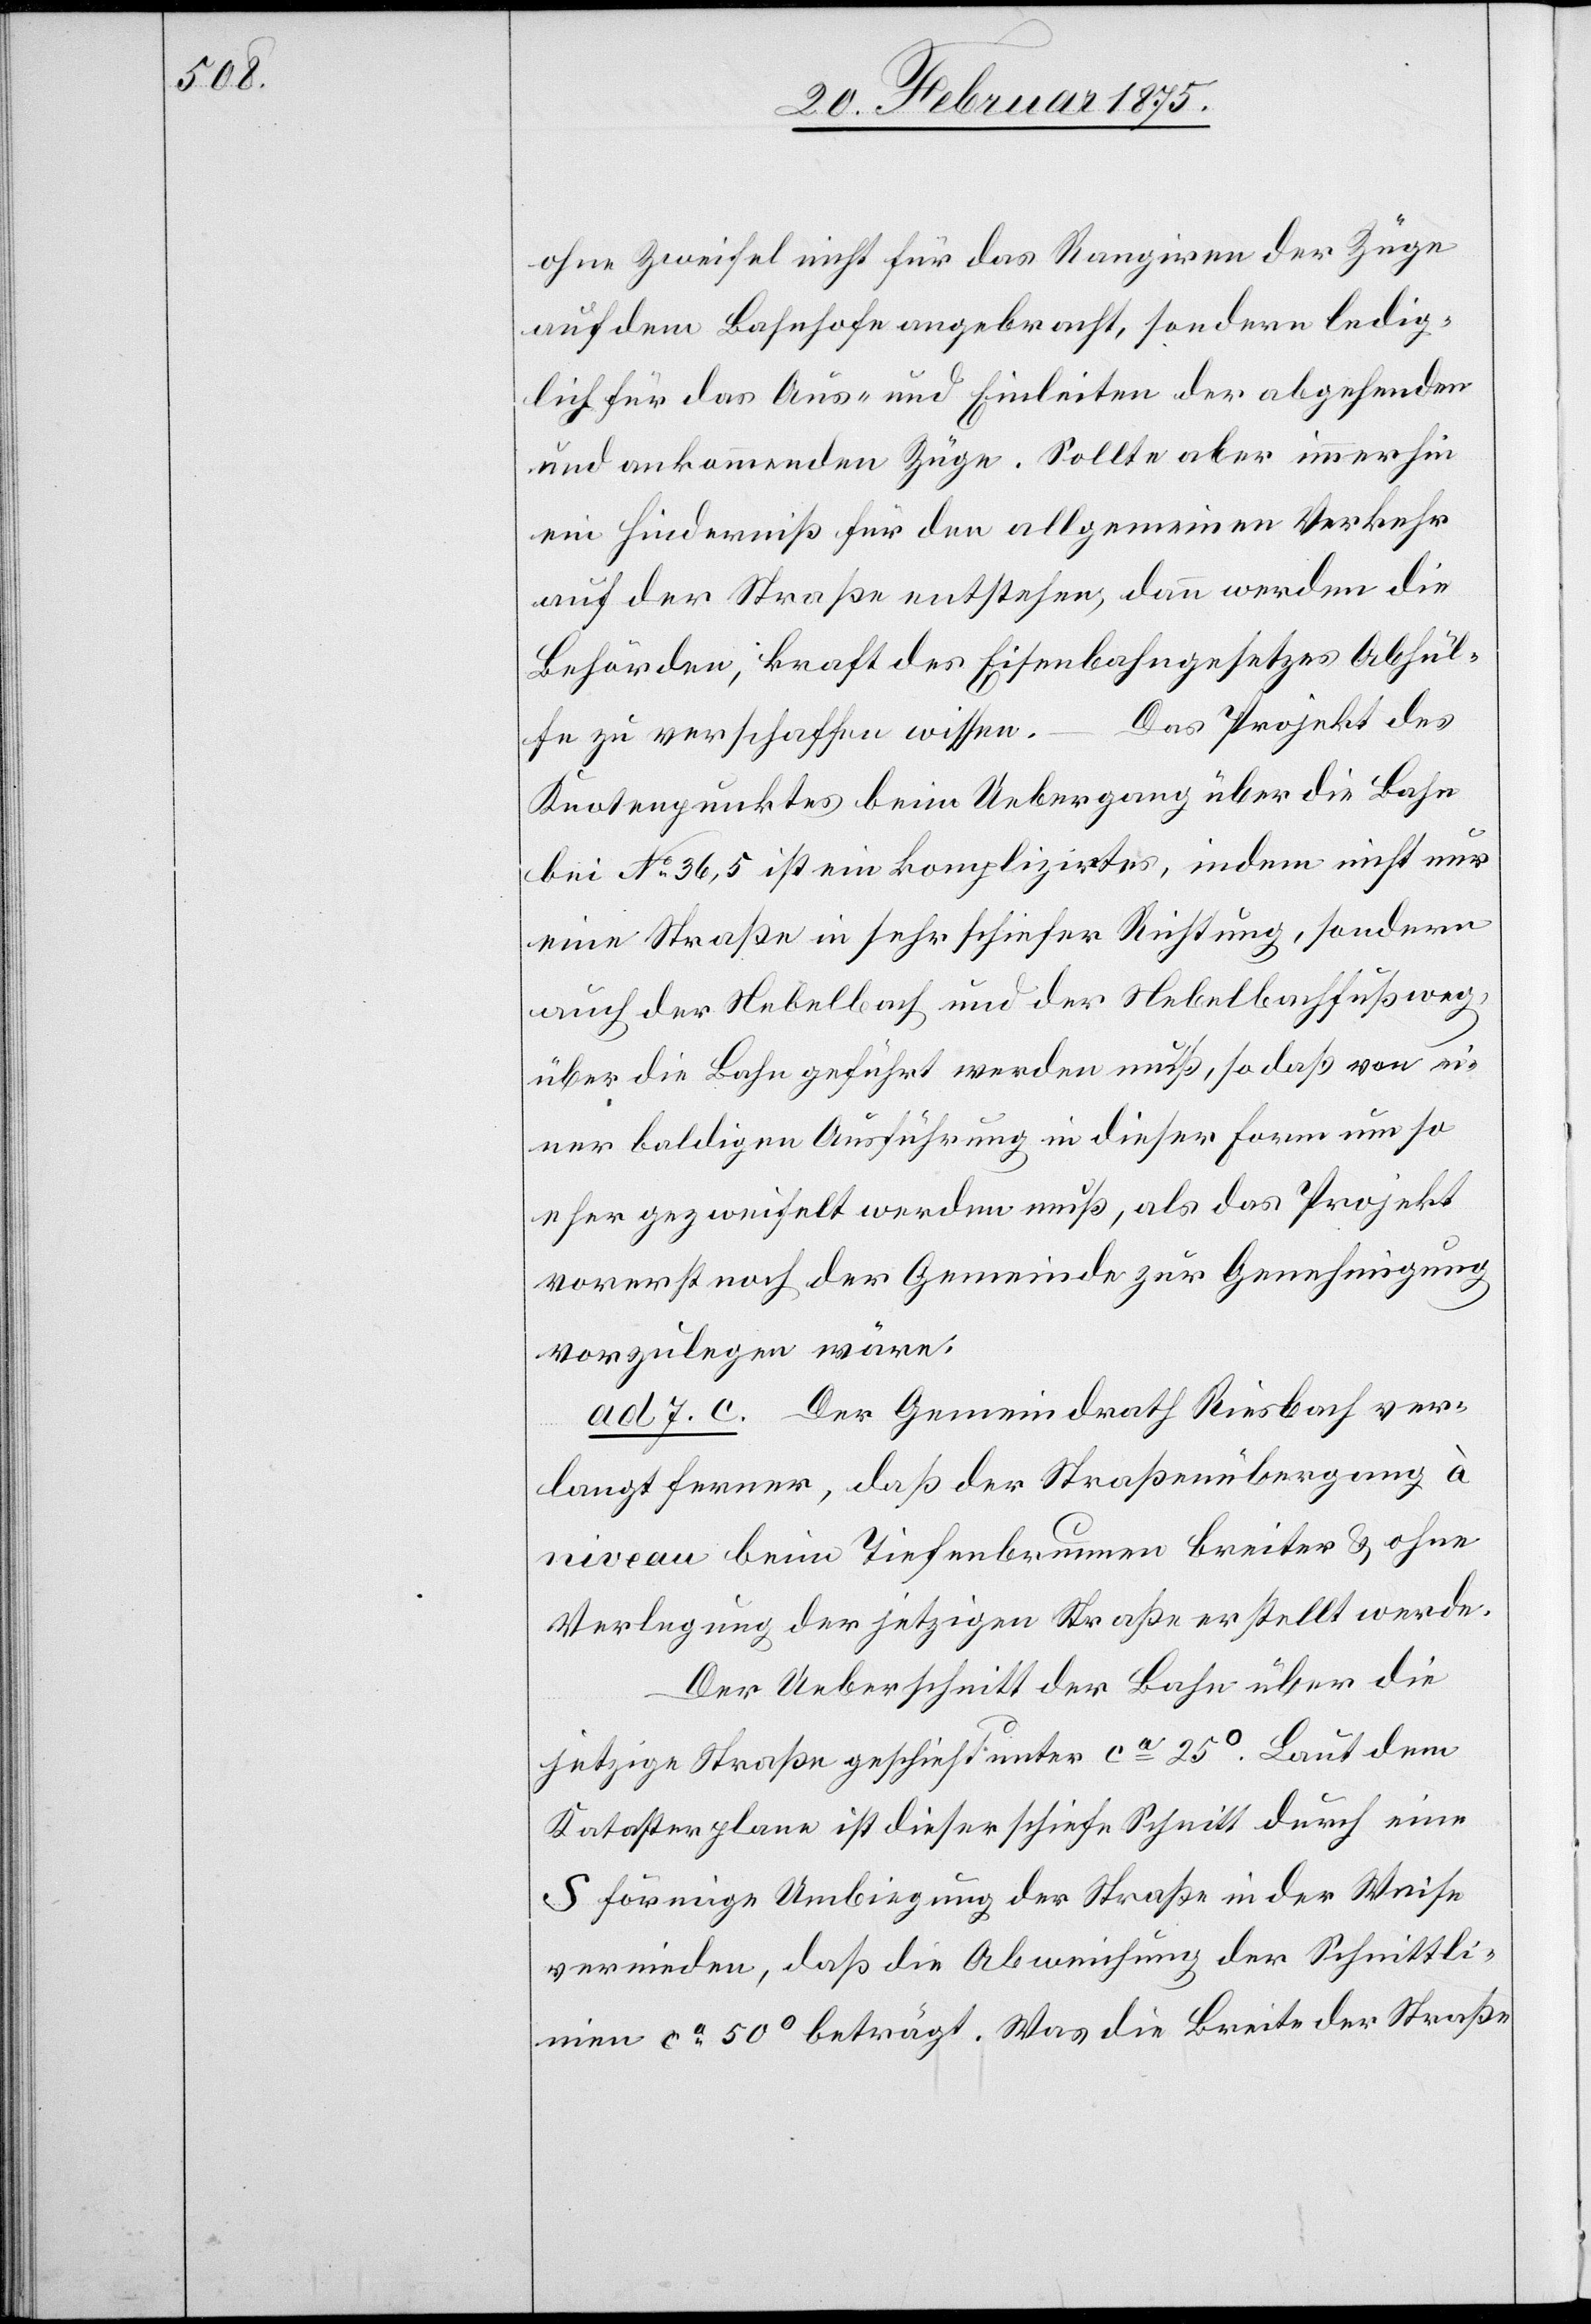
ohne Zweifel nicht für das Rangiren der Züge
auf dem Bahnhofe angebracht, sondern ledig¬
lich für das Aus- und Einleiten der abgehenden
und ankommenden Züge. Sollte aber immerhin
ein Hinderniß für den allgemeinen Verkehr
auf der Straße entstehen, dann werden die
Behörden, kraft des Eisenbahngesetzes Abhül¬
Das Projekt des
fe zu verschaffen wissen.
Knotenpunktes beim Uebergang über die Bahn
bei No 36,5 ist ein komplizirtes, indem nicht nur
eine Straße in sehr schiefer Richtung, sondern
auch der Nebelbach und der Nebelbachfußweg,
über die Bahn geführt werden muß, so daß von ei¬
ner baldigen Ausführung in dieser Form um so
eher gezweifelt werden muß, als das Projekt
vorerst noch der Gemeinde zur Genehmigung
vorzulegen wäre.
ad 7. c. Der Gemeindrath Riesbach ver¬
langt ferner, daß der Straßenübergang à
niveau beim Tiefenbrunnen breiter u. ohne
Verlegung der jetzigen Straße erstellt werde.
Der Ueberschnitt der Bahn über die
jetzige Straße geschieht unter ca 25°. Laut dem
Katasterplane ist dieser schiefe Schnitt durch eine
S förmige Umbiegung der Straße in der Weise
vermieden, daß die Abweichung der Schnittli¬
nien ca 50° beträgt. Was die Breite der Straße